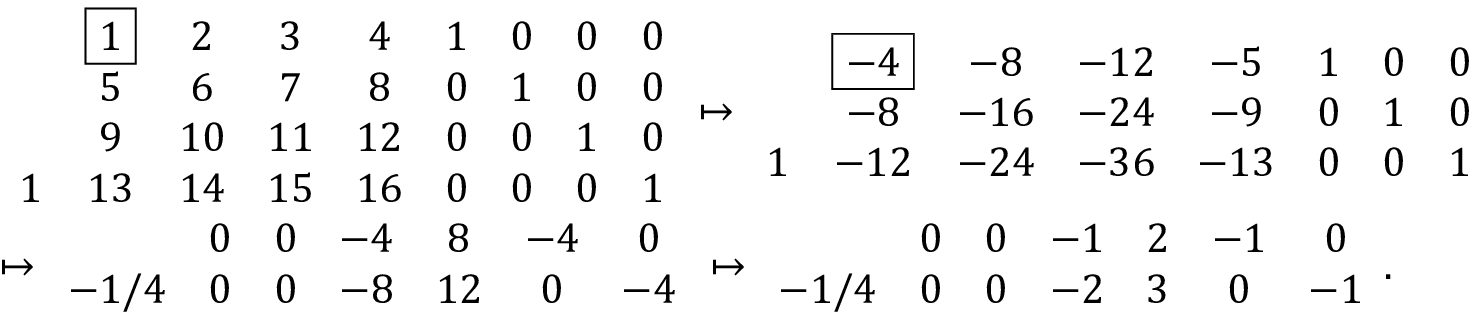
\begin{array} { r l } & { \begin{array} { c c c c c c c c c } & { \boxed { 1 } } & { 2 } & { 3 } & { 4 } & { 1 } & { 0 } & { 0 } & { 0 } \\ & { 5 } & { 6 } & { 7 } & { 8 } & { 0 } & { 1 } & { 0 } & { 0 } \\ & { 9 } & { 1 0 } & { 1 1 } & { 1 2 } & { 0 } & { 0 } & { 1 } & { 0 } \\ { 1 } & { 1 3 } & { 1 4 } & { 1 5 } & { 1 6 } & { 0 } & { 0 } & { 0 } & { 1 } \end{array} \mapsto \begin{array} { c c c c c c c c } & { \boxed { - 4 } } & { - 8 } & { - 1 2 } & { - 5 } & { 1 } & { 0 } & { 0 } \\ & { - 8 } & { - 1 6 } & { - 2 4 } & { - 9 } & { 0 } & { 1 } & { 0 } \\ { 1 } & { - 1 2 } & { - 2 4 } & { - 3 6 } & { - 1 3 } & { 0 } & { 0 } & { 1 } \end{array} } \\ & { \mapsto \begin{array} { c c c c c c c } & { 0 } & { 0 } & { - 4 } & { 8 } & { - 4 } & { 0 } \\ { - 1 / 4 } & { 0 } & { 0 } & { - 8 } & { 1 2 } & { 0 } & { - 4 } \end{array} \mapsto \begin{array} { c c c c c c c } & { 0 } & { 0 } & { - 1 } & { 2 } & { - 1 } & { 0 } \\ { - 1 / 4 } & { 0 } & { 0 } & { - 2 } & { 3 } & { 0 } & { - 1 } \end{array} . } \end{array}